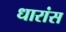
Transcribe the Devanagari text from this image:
धारांस